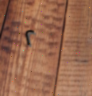
٢